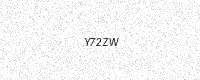
Text: Y72ZW